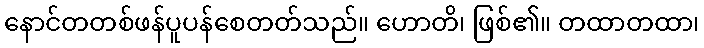
နောင်တတစ်ဖန်ပူပန်စေတတ်သည်။ ဟောတိ၊ ဖြစ်၏။ တထာတထာ၊